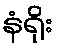
နံရိုး